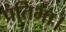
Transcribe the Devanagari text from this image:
प्रतिभा।